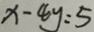
x - 4 y = 5